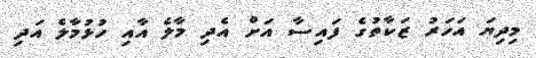
މިދިޔަ އަހަރު ޒަކާތުގެ ފައިސާ އަށް އެދި މާލެ އާއި ހުޅުމާލެ އަދި